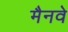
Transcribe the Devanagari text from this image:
मैनवे